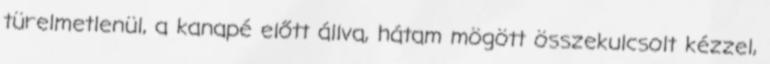
türelmetlenül, a kanapé előtt állva, hátam mögött összekulcsolt kézzel,